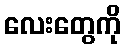
လေးတွေကို